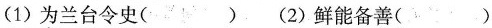
(1)为兰台令史() (2)鲜能备善()